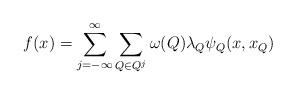
LaTeX: \begin{align*} f(x)=\sum\limits_{j=-\infty}^\infty\sum\limits_{Q\in Q^j}\omega(Q) \lambda_{Q}\psi_{Q}(x,x_{Q}) \end{align*}